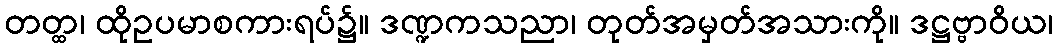
တတ္ထ၊ ထိုဥပမာစကားရပ်၌။ ဒဏ္ဍကသညာ၊ တုတ်အမှတ်အသားကို။ ဒဋ္ဌဗ္ဗာဝိယ၊